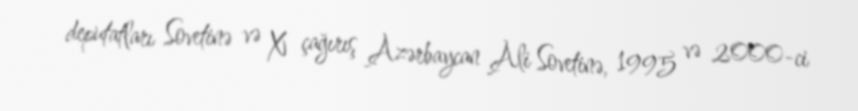
deputatları Sovetinə və X çağırış Azərbaycan Ali Sovetinə, 1995 və 2000-ci